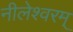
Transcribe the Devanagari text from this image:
नीलेश्वरम्